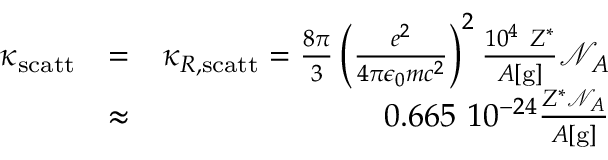
\begin{array} { r l r } { \kappa _ { \mathrm { s c a t t } } } & { = } & { \kappa _ { R , \mathrm { s c a t t } } = \frac { 8 \pi } { 3 } \left( \frac { e ^ { 2 } } { 4 \pi \epsilon _ { 0 } m c ^ { 2 } } \right) ^ { 2 } \frac { 1 0 ^ { 4 } ~ Z ^ { * } } { A [ \mathrm { g } ] } \mathcal { N } _ { A } } \\ & { \approx } & { 0 . 6 6 5 ~ 1 0 ^ { - 2 4 } \frac { Z ^ { * } \mathcal { N } _ { A } } { A [ \mathrm { g } ] } } \end{array}